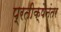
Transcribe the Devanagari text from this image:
प्रतीक्षेनंतर